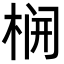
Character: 𬂻